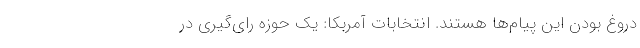
دروغ بودن این پیام‌ها هستند. انتخابات آمربکا: یک حوزه رای‌گیری در